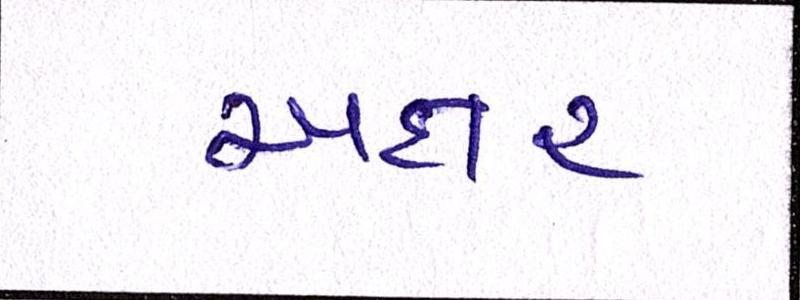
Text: અક્ષર